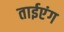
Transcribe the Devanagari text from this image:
ताईएंग